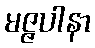
မဇ္ဇပါနာ